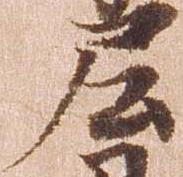
尼